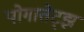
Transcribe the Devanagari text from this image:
पोगातेट्झ